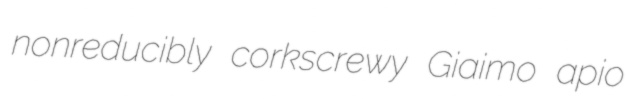
nonreducibly corkscrewy Giaimo apio